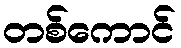
တစ်ကောင်